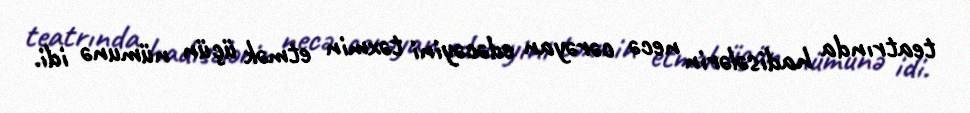
teatrında hadisələrin necə cərəyan edəcəyini təxmin etmək üçün nümunə idi.